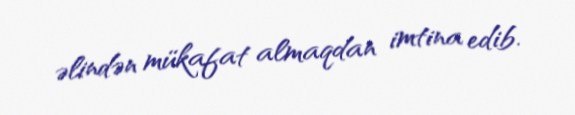
əlindən mükafat almaqdan imtina edib.